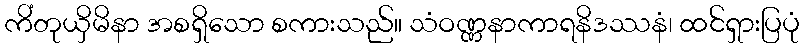
ကိံတုယှိမိနာ အစရှိသော စကားသည်။ သံဝဏ္ဏနာကာရနိဒဿနံ၊ ထင်ရှားပြပုံ